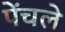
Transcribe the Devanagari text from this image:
पेंचले